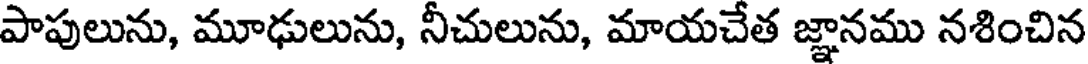
పాపులును, మూఢులును, నీచులును, మాయచేత జ్ఞానము నశించిన